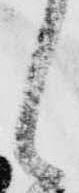
し